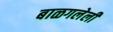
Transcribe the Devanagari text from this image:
बाळगलेली